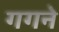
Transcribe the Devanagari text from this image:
गगने